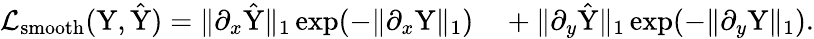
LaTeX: \begin{array}{rl}{\mathcal{L}_{\mathrm{smooth}}(\mathrm{Y},\hat{\mathrm{Y}})=\| \partial_{x}\hat{\mathrm{Y}}\| _{1}\exp(-\| \partial_{x}\mathrm{Y}\| _{1})}&{{}+\| \partial_{y}\hat{\mathrm{Y}}\| _{1}\exp(-\| \partial_{y}\mathrm{Y}\| _{1}).}\end{array}